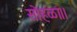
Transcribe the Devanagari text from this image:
सोहळा।।